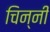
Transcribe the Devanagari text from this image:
चिन्नी